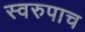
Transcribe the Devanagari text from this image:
स्वरुपाच